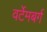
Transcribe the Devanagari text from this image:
वर्टेमबर्ग